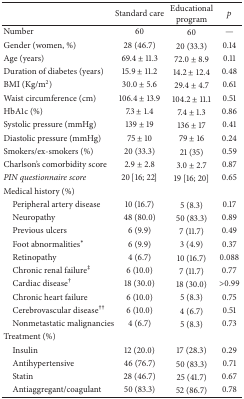
<table><thead><tr><td><b> </b></td><td><b>Standard care</b></td><td><b>Educational program</b></td><td><b><i>p</i></b></td></tr></thead><tbody><tr><td>Number </td><td>60</td><td>60</td><td>—</td></tr><tr><td>Gender (women, %)</td><td>28 (46.7)</td><td>20 (33.3)</td><td>0.14</td></tr><tr><td>Age (years)</td><td>69.4 ± 11.3</td><td>72.0 ± 8.9</td><td>0.11</td></tr><tr><td>Duration of diabetes (years)</td><td>15.9 ± 11.2</td><td>14.2 ± 12.4</td><td>0.48</td></tr><tr><td>BMI (Kg/m<sup>2</sup>)</td><td>30.0 ± 5.6</td><td>29.4 ± 4.7</td><td>0.61</td></tr><tr><td>Waist circumference (cm)</td><td>106.4 ± 13.9</td><td>104.2 ± 11.1</td><td>0.51</td></tr><tr><td>HbA1c (%)</td><td>7.3 ± 1.4</td><td>7.4 ± 1.3</td><td>0.86</td></tr><tr><td>Systolic pressure (mmHg)</td><td>139 ± 19</td><td>136 ± 17</td><td>0.41</td></tr><tr><td>Diastolic pressure (mmHg)</td><td>75 ± 10</td><td>79 ± 16</td><td>0.24</td></tr><tr><td>Smokers/ex-smokers (%)</td><td>20 (33.3)</td><td>21 (35)</td><td>0.59</td></tr><tr><td>Charlson&#x27;s comorbidity score</td><td>2.9 ± 2.8</td><td>3.0 ± 2.7</td><td>0.87</td></tr><tr><td><i>PIN questionnaire score</i></td><td>20 [16; 22]</td><td>19 [16; 20]</td><td>0.65</td></tr><tr><td>Medical history (%)</td><td> </td><td> </td><td> </td></tr><tr><td> Peripheral artery disease </td><td>10 (16.7)</td><td>5 (8.3)</td><td>0.17</td></tr><tr><td> Neuropathy</td><td>48 (80.0)</td><td>50 (83.3)</td><td>0.89</td></tr><tr><td> Previous ulcers</td><td>6 (9.9)</td><td>7 (11.7)</td><td>0.49</td></tr><tr><td> Foot abnormalities<sup><i>∗</i></sup></td><td>6 (9.9)</td><td>3 (4.9)</td><td>0.37</td></tr><tr><td> Retinopathy </td><td>4 (6.7)</td><td>10 (16.7)</td><td>0.088</td></tr><tr><td> Chronic renal failure<sup>‡</sup></td><td>6 (10.0)</td><td>7 (11.7)</td><td>0.77</td></tr><tr><td> Cardiac disease<sup>†</sup></td><td>18 (30.0)</td><td>18 (30.0)</td><td>&gt;0.99</td></tr><tr><td> Chronic heart failure </td><td>6 (10.0)</td><td>5 (8.3)</td><td>0.75</td></tr><tr><td> Cerebrovascular disease<sup>††</sup></td><td>6 (10.0)</td><td>4 (6.7)</td><td>0.51</td></tr><tr><td> Nonmetastatic malignancies </td><td>4 (6.7)</td><td>5 (8.3)</td><td>0.73</td></tr><tr><td>Treatment (%)</td><td> </td><td> </td><td> </td></tr><tr><td> Insulin </td><td>12 (20.0)</td><td>17 (28.3)</td><td>0.29</td></tr><tr><td> Antihypertensive</td><td>46 (76.7)</td><td>50 (83.3)</td><td>0.71</td></tr><tr><td> Statin</td><td>28 (46.7)</td><td>25 (41.7)</td><td>0.67</td></tr><tr><td> Antiaggregant/coagulant</td><td>50 (83.3)</td><td>52 (86.7)</td><td>0.78</td></tr></tbody></table>